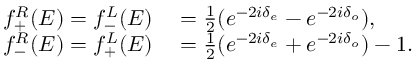
\begin{array} { r l } { f _ { + } ^ { R } ( E ) = f _ { - } ^ { L } ( E ) } & { { } = \frac 1 2 ( e ^ { - 2 i \delta _ { e } } - e ^ { - 2 i \delta _ { o } } ) , } \\ { f _ { - } ^ { R } ( E ) = f _ { + } ^ { L } ( E ) } & { { } = \frac 1 2 ( e ^ { - 2 i \delta _ { e } } + e ^ { - 2 i \delta _ { o } } ) - 1 . } \end{array}